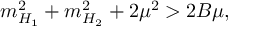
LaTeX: m _ { H _ { 1 } } ^ { 2 } + m _ { H _ { 2 } } ^ { 2 } + 2 \mu ^ { 2 } > 2 B \mu ,